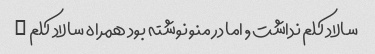
سالاد کلم نداشت , اما در منو نوشته بود همراه سالاد کلم …